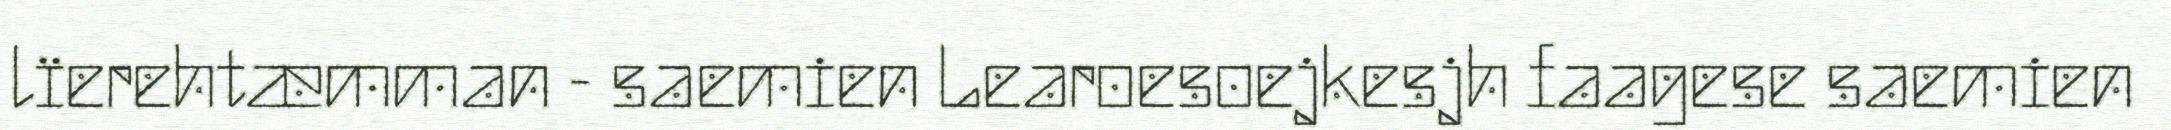
lïerehtæmman - saemien Learoesoejkesjh faagese saemien